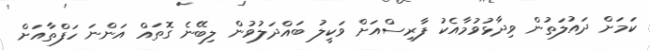
ކަމަށް ދައުލަތުން ވިދާޅުވުމާއެކު ފާރިސްއަށް ވަކީލު ބައްދަލުވުން ލިބޭނެ ގޮތައް އަންނަ ހަފްތާއަށް